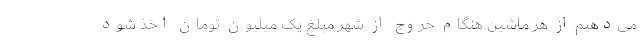
می‌دهیم از هر ماشین هنگام خروج از شهر مبلغ یک میلیون تومان اخذ شود